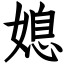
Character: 媳